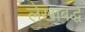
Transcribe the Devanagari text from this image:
लेखाबद्ध